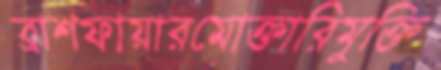
ব্রাশফায়ারমোক্তারিমুক্তি